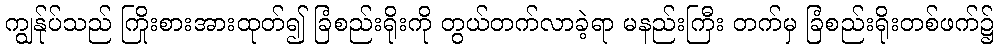
ကျွန်ုပ်သည် ကြိုးစားအားထုတ်၍ ခြံစည်းရိုးကို တွယ်တက်လာခဲ့ရာ မနည်းကြီး တက်မှ ခြံစည်းရိုးတစ်ဖက်၌